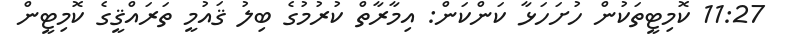
11:27 ކޮމިޓީތަކުން ހުށަހަޅާ ކަންކަން: އިމާރާތް ކުރުމުގެ ބިލު ޤައުމީ ތަރައްޤީގެ ކޮމިޓީން